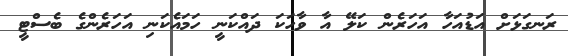
ރަނގަޅަށް އަޑުއަހާ އަހަރެން ކަލޭ އާ ވާހަކަ ދައްކަނީ ހަމައެކަނި އަހަރެންގެ ބެސްޓީ